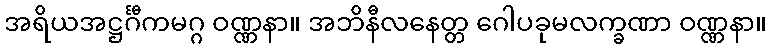
အရိယအဋ္ဌင်္ဂီကမဂ္ဂ ဝဏ္ဏနာ။ အဘိနီလနေတ္တ ဂေါပခုမလက္ခဏာ ဝဏ္ဏနာ။